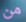
من